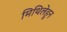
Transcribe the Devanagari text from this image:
मिथिलेहून